Statistical return of the lunatic asylum in Assam - 1912-1932
Year: 1912
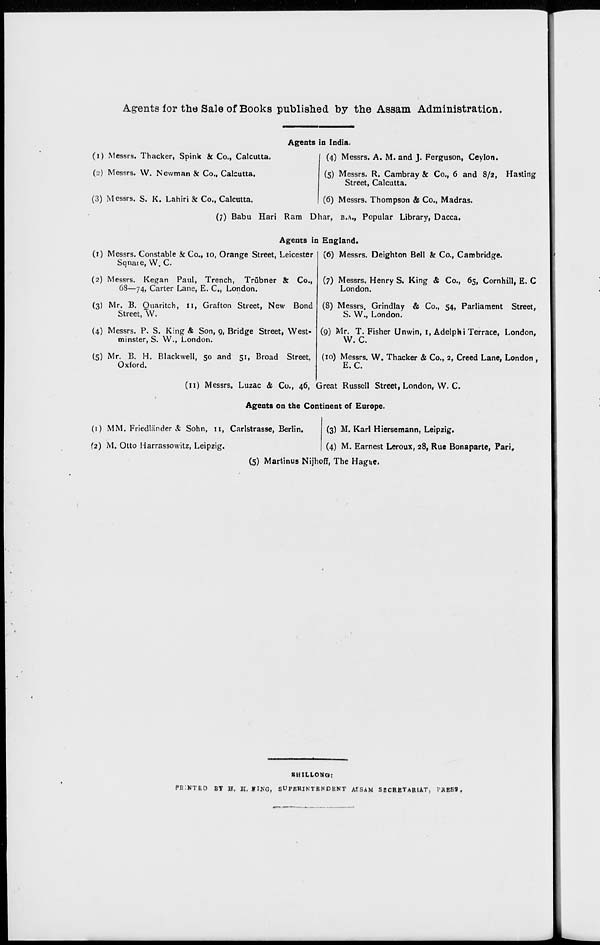
Agents for the Sale of Books published by the Assam Administration.
(i) Messrs. Thacker, Spink ic Co., Calcutta.
(2) Messrs. VV. Newman & Co., Calcutta.
(3) Messrs. S. K. Lahiri & Co., Calcutta.
Agents in India.
(4) Messrs. A. M. and J. Ferguson, Ceylon.
(5) Messrs. R. Cambray & Co., 6 and 8/2, Hasting
Street, Calcutta.
(6) Messrs. Thompson & Co., Madras.
(1) Messrs. Constable & Co., 10, Orange Street, Leicester
Sqnate, W. C.
(2) Messrs. Kegan Paul, Trench, Trubner 8: Co.,
68—74, Carter Lane, E. C, London.
(3) Mr. B. Ouaritch, 11, Graf ton Street, New Bond
Street, W.
(4) Messrs. P. S. King & Son, 9, Bridge Street, West-
minster, S. W., London.
(5) Mr. B. H. Blackwell, 50 and 51, Broad Street,
Oxford.
(7) Babu Hari Ram Dhar, B.A., Popular Library, Dacca.
Agents in England.
(6) Messrs. Deighton Bell & Co., Cambridge.
(7) Messrs. Henry S. King & Co., 65, Cornhill, E. C
London.
(8) Messrs. Grindlay & Co., 54, Parliament Street,
S. W., London.
(9) Mr. T. Fisher Unwin, 1, Adelphi Terrace, London,
W. C.
(10) Messrs. W. Thacker & Co., 2, Creed Lane, London ,
E. C.
(11) Messrs. Luzac & Co., 46, Great Russell Street, London, W. C.
Agents on the Continent of Europe.
(1) MM. Friedliinder & Sohn, u, Carlstrasse, Berlin.
(2) M. Otto Harrassowitz, Leipzig.
(3) M. Karl Hiersemann, Leipzig.
(4) M. Earnest Leroux, 28, Rue Bonaparte, Pari,
(5) Martinus Nijhoff, The Hague.
■HILLOWOl
FEINTED BY B, H. UNG, SUPERINTENDENT ASSAM SECRETARIAT, TRESS,